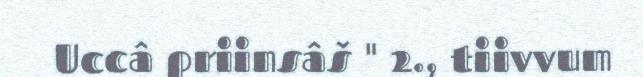
Uccâ priinsâš " 2., tiivvum